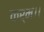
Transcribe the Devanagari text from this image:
कर्म।।